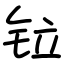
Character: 𫟷